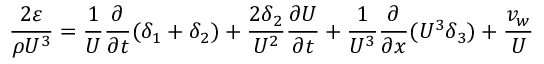
{ \frac { 2 \varepsilon } { \rho U ^ { 3 } } } = { \frac { 1 } { U } } { \frac { \partial } { \partial t } } ( \delta _ { 1 } + \delta _ { 2 } ) + { \frac { 2 \delta _ { 2 } } { U ^ { 2 } } } { \frac { \partial U } { \partial t } } + { \frac { 1 } { U ^ { 3 } } } { \frac { \partial } { \partial x } } ( U ^ { 3 } \delta _ { 3 } ) + { \frac { v _ { w } } { U } }